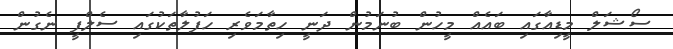
ސޯޝަލް މީޑިއާގައި ބައެއް މީހުން ބުނަމުން ދަނީ ހިތާމަވެރި ހަފުލާތަކުގައި ސެލްފީ ނެގުން